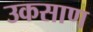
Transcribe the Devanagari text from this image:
उकसाण